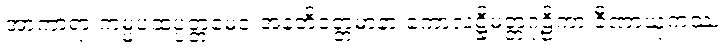
အာကာရာ ကမ္မပထပ္ပတ္တမေဝ အနတိဝတ္တမာနာ ကောလဋ္ဌိမတ္တဂုဠိကာ ခီဏာယုကဿ